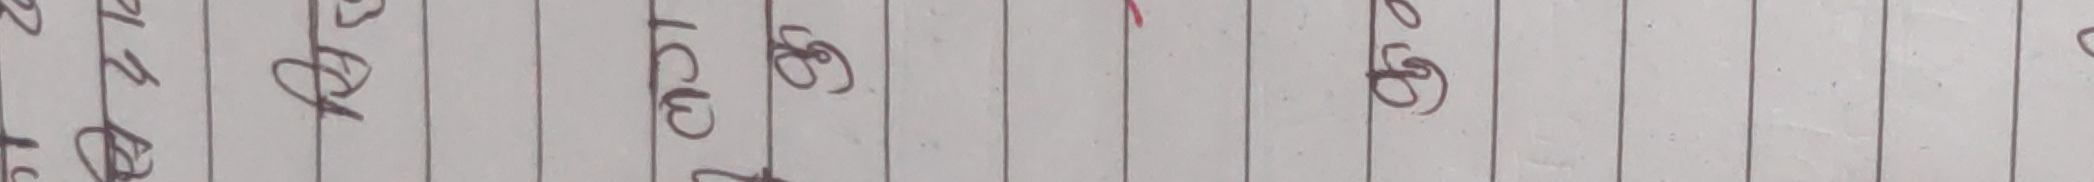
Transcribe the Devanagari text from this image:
रा ठा ICU ढ ७ ५ ड
६ घ ब ट ३ २ ट
झ ६ ४ घ १ ३ ल
८ २ १ ठ २ ४ फ
ख ४ १ ज ५ १ घ